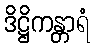
ဒိဋ္ဌိကန္တာရံ